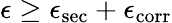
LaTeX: \epsilon\geq\epsilon_{\mathrm{sec}}+\epsilon_{\mathrm{corr}}